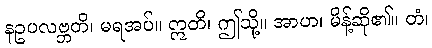
နဥပလဗ္ဘတိ၊ မရအပ်။ ဣတိ၊ ဤသို့။ အာဟ၊ မိန့်ဆို၏။ တံ၊